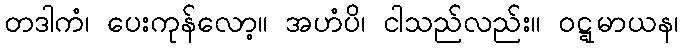
တဒါကံ၊ ပေးကုန်လော့။ အဟံပိ၊ ငါသည်လည်း။ ဝဋ္ဋမာယန၊